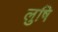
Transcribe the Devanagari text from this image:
लुषि